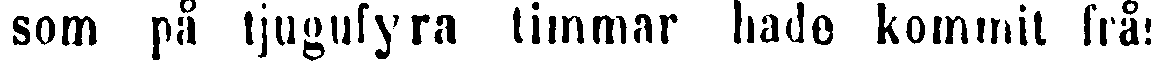
som på tjugufyra timmar hade kommit från